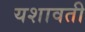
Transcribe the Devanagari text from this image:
यशावती